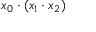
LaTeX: x _ { 0 } \cdot ( x _ { 1 } \cdot x _ { 2 } )